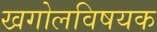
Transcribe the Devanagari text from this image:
खगोलविषयक